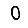
Digit: 0